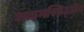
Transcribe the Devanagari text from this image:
आइनस्प्रिट्ज़ेन